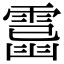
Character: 𩄥